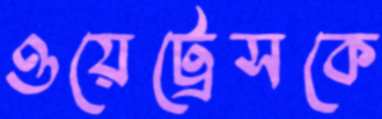
ওয়েট্রেসকে